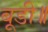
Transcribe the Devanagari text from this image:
बूडी॥